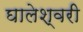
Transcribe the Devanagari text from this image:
घालेश्वरी